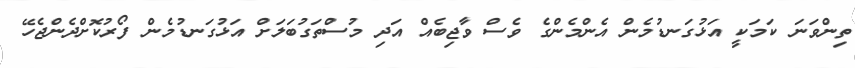
ތިންވަނަ ކަމަކީ އަޅުގަނޑުމެން އެންމެންގެ ވެސް ވާޖިބެއް އަދި މުސްތަގުބަލަށް އަޅުގަނޑުމެން ފޯރުކޮށްދެންޖެހޭ